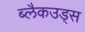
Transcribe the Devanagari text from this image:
ब्लैकउड्स